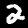
Digit: 2